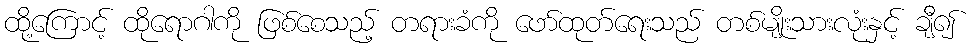
ထို့ကြောင့် ထိုရောဂါကို ဖြစ်စေသည့် တရားခံကို ဖော်ထုတ်ရေးသည် တစ်မျိုးသားလုံးနှင့် ချီ၍